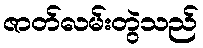
ဇာတ်လမ်းတွဲသည်